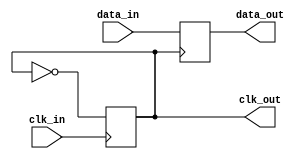
module pll_synchronizer (
    input wire clk_in,          // Incoming clock signal
    input wire data_in,         // Incoming data signal
    output reg clk_out,         // Output clock signal
    output reg data_out         // Synchronized data output
);

    // Parameters for the PLL
    parameter integer VCO_MAX_FREQ = 100; // Max frequency for VCO
    parameter integer VCO_MIN_FREQ = 50;   // Min frequency for VCO
    parameter integer LOOP_FILTER_GAIN = 1; // Gain for loop filter

    // Internal signals
    reg [7:0] phase_error;       // Phase error signal
    reg [7:0] control_voltage;    // Control voltage for VCO
    reg [7:0] vco_output;         // VCO output frequency
    reg [7:0] loop_filter;        // Loop filter output

    // Phase Detector
    always @(posedge clk_in) begin
        // Simple phase detector logic (for demonstration)
        if (clk_out) begin
            phase_error <= 8'h00; // No error
        end else begin
            phase_error <= 8'hFF; // Error detected
        end
    end

    // Loop Filter
    always @(posedge clk_in) begin
        loop_filter <= (loop_filter + phase_error) >> 1; // Simple low-pass filter
        control_voltage <= loop_filter * LOOP_FILTER_GAIN;
    end

    // Voltage-Controlled Oscillator (VCO)
    always @(posedge clk_in) begin
        // Adjust VCO output based on control voltage
        if (control_voltage > VCO_MAX_FREQ) begin
            vco_output <= VCO_MAX_FREQ;
        end else if (control_voltage < VCO_MIN_FREQ) begin
            vco_output <= VCO_MIN_FREQ;
        end else begin
            vco_output <= control_voltage;
        end

        // Generate output clock based on VCO output
        clk_out <= ~clk_out; // Toggle clock output for demonstration
    end

    // Data Synchronizer
    always @(posedge clk_out) begin
        data_out <= data_in; // Sample incoming data on VCO clock edge
    end

endmodule